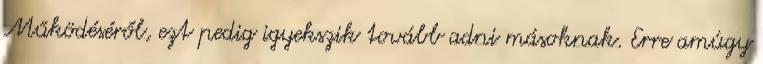
Működéséről, ezt pedig igyekszik tovább adni másoknak. Erre amúgy